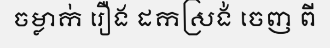
ចម្លាក់ រឿង ដកស្រង់ ចេញ ពី